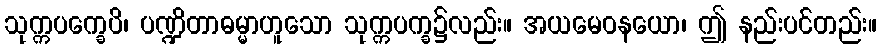
သုက္ကပက္ခေပိ၊ ပဏ္ဍိတာဓမ္မာဟူသော သုက္ကပက္ခ၌လည်း။ အယမေဝနယော၊ ဤ နည်းပင်တည်း။